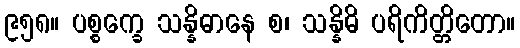
၉၅၈။ ပစ္စက္ခေ သန္နိဓာနေ စ၊ သန္နိဓိ ပရိကိတ္တိတော။